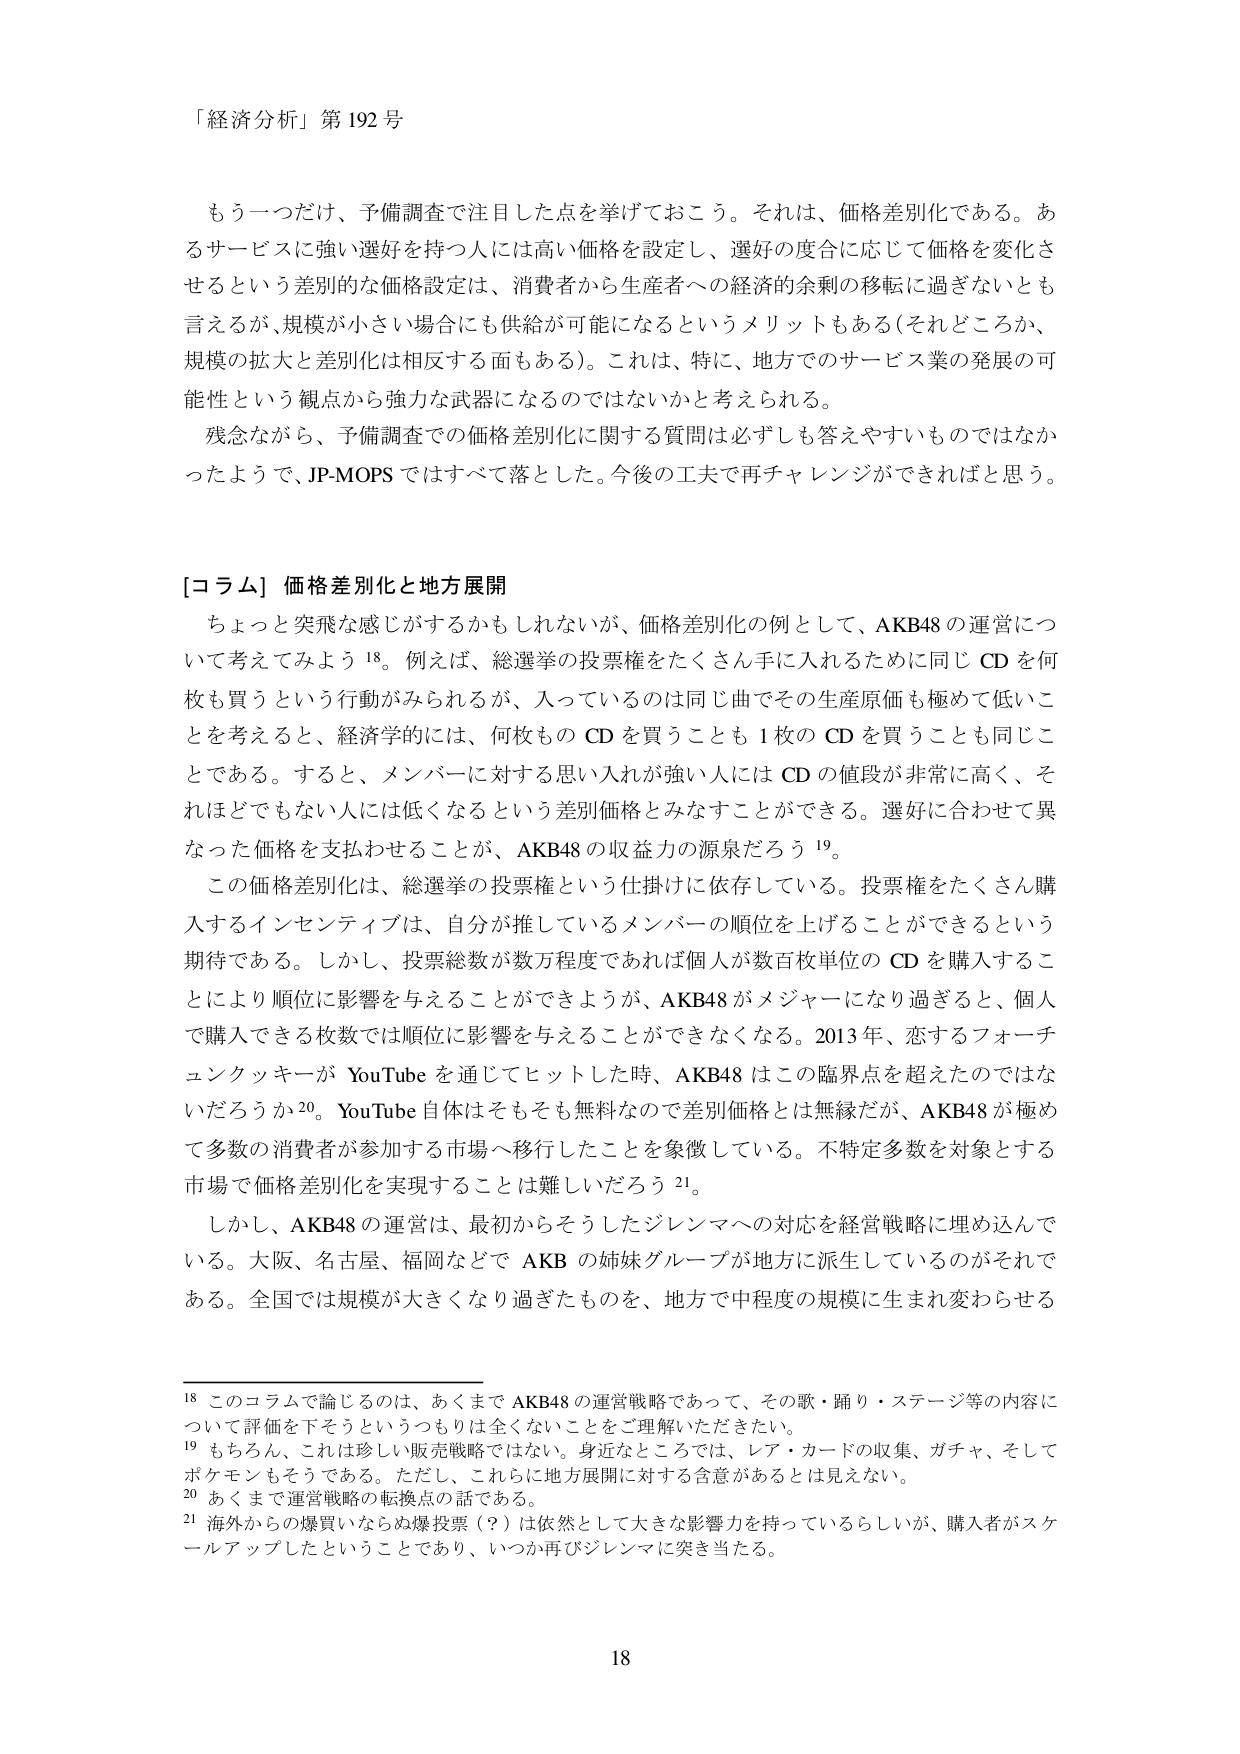
「経済分析」第192号

もう一つだけ、予備調査で注目した点を挙げておこう。それは、価格差別化である。あるサービスに強い選好を持つ人には高い価格を設定し、選好の度合に応じて価格を変化させるという差別的な価格設定は、消費者から生産者への経済的余剰の移転に過ぎないとも言えるが、規模が小さい場合にも供給が可能になるというメリットもある（それどころか、規模の拡大と差別化は相反する面もある）。これは、特に、地方でのサービス業の発展の可能性という観点から強力な武器になるのではないかと考えられる。

残念ながら、予備調査での価格差別化に関する質問は必ずしも答えやすいものではなかったようで、JP-MOPSではすべて落とした。今後の工夫で再チャレンジができればと思う。

[コラム] 価格差別化と地方展開

ちょっと突飛な感じがするかもしれないが、価格差別化の例として、AKB48の運営について考えてみよう18。例えば、総選挙の投票権をたくさん手に入れるために同じCDを何枚も買うという行動がみられるが、入っているのは同じ曲でその生産原価も極めて低いことを考えると、経済学的には、何枚ものCDを買うことも1枚のCDを買うことも同じことである。すると、メンバーに対する思い入れが強い人にはCDの値段が非常に高く、それほどでもない人には低くなるという差別価格とみなすことができる。選好に合わせて異なった価格を支払わせることが、AKB48の収益力の源泉だろう19。

この価格差別化は、総選挙の投票権という仕掛けに依存している。投票権をたくさん購入するインセンティブは、自分が推しているメンバーの順位を上げることができるという期待である。しかし、投票総数が数万程度であれば個人が数百枚単位のCDを購入することにより順位に影響を与えることができるようが、AKB48がメジャーになり過ぎると、個人で購入できる枚数では順位に影響を与えることができなくなる。2013年、恋するフォーチュンクッキーがYouTubeを通じてヒットした時、AKB48はこの臨界点を超えたのではないだろうか20。YouTube自体はそもそも無料なので差別価格とは無縁だが、AKB48が極めて多数の消費者が参加する市場へ移行したことを象徴している。不特定多数を対象とする市場で価格差別化を実現することは難しいだろう21。

しかし、AKB48の運営は、最初からそうしたジレンマへの対応を経営戦略に埋め込んでいる。大阪、名古屋、福岡などでAKBの姉妹グループが地方に派生しているのがそれである。全国では規模が大きくなり過ぎたものを、地方で中程度の規模に生まれ変わらせる

18 このコラムで論じるのは、あくまでAKB48の運営戦略であって、その歌・踊り・ステージ等の内容について評価を下そうというつもりは全くないことをご理解いただきたい。
19 もちろん、これは珍しい販売戦略ではない。身近なところでは、レア・カードの収集、ガチャ、そしてポケモンもそうである。ただし、これらに地方展開に対する含意があるとは見えない。
20 あくまで運営戦略の転換点の話である。
21 海外からの爆買いならぬ爆投票（？）は依然として大きな影響力を持っているらしいが、購入者がスケールアップしたということであり、いつか再びジレンマに突き当たる。

18